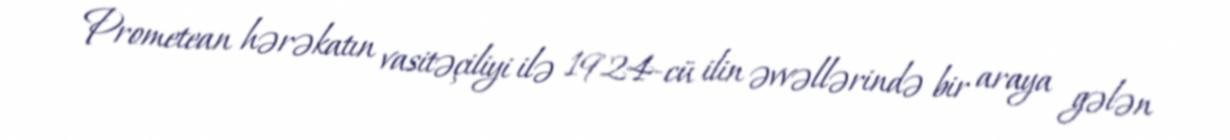
Prometean hərəkatın vasitəçiliyi ilə 1924-cü ilin əvvəllərində bir araya gələn